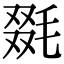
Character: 毲